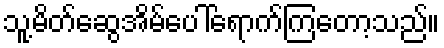
သူ့မိတ်ဆွေအိမ်ပေါ်ရောက်ကြတော့သည်။